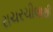
રાચરચીલાથી